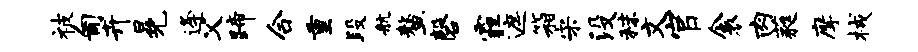
被匍卉冕逄父蹄合重段航鳌磬霾遮箱宋没秣文官衾肉蕤摩械